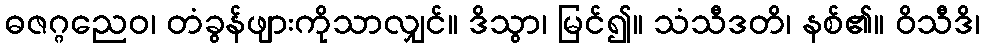
ဓဇဂ္ဂညေဝ၊ တံခွန်ဖျားကိုသာလျှင်။ ဒိသွာ၊ မြင်၍။ သံသီဒတိ၊ နစ်၏။ ဝိသီဒိ၊